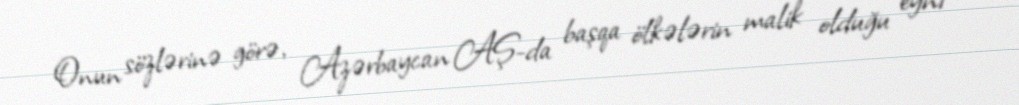
Onun sözlərinə görə, Azərbaycan AŞ-da başqa ölkələrin malik olduğu eyni